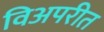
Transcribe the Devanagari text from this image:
विअपरीत